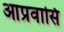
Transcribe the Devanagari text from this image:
आप्रवासि